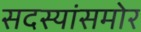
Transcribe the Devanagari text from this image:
सदस्यांसमोर